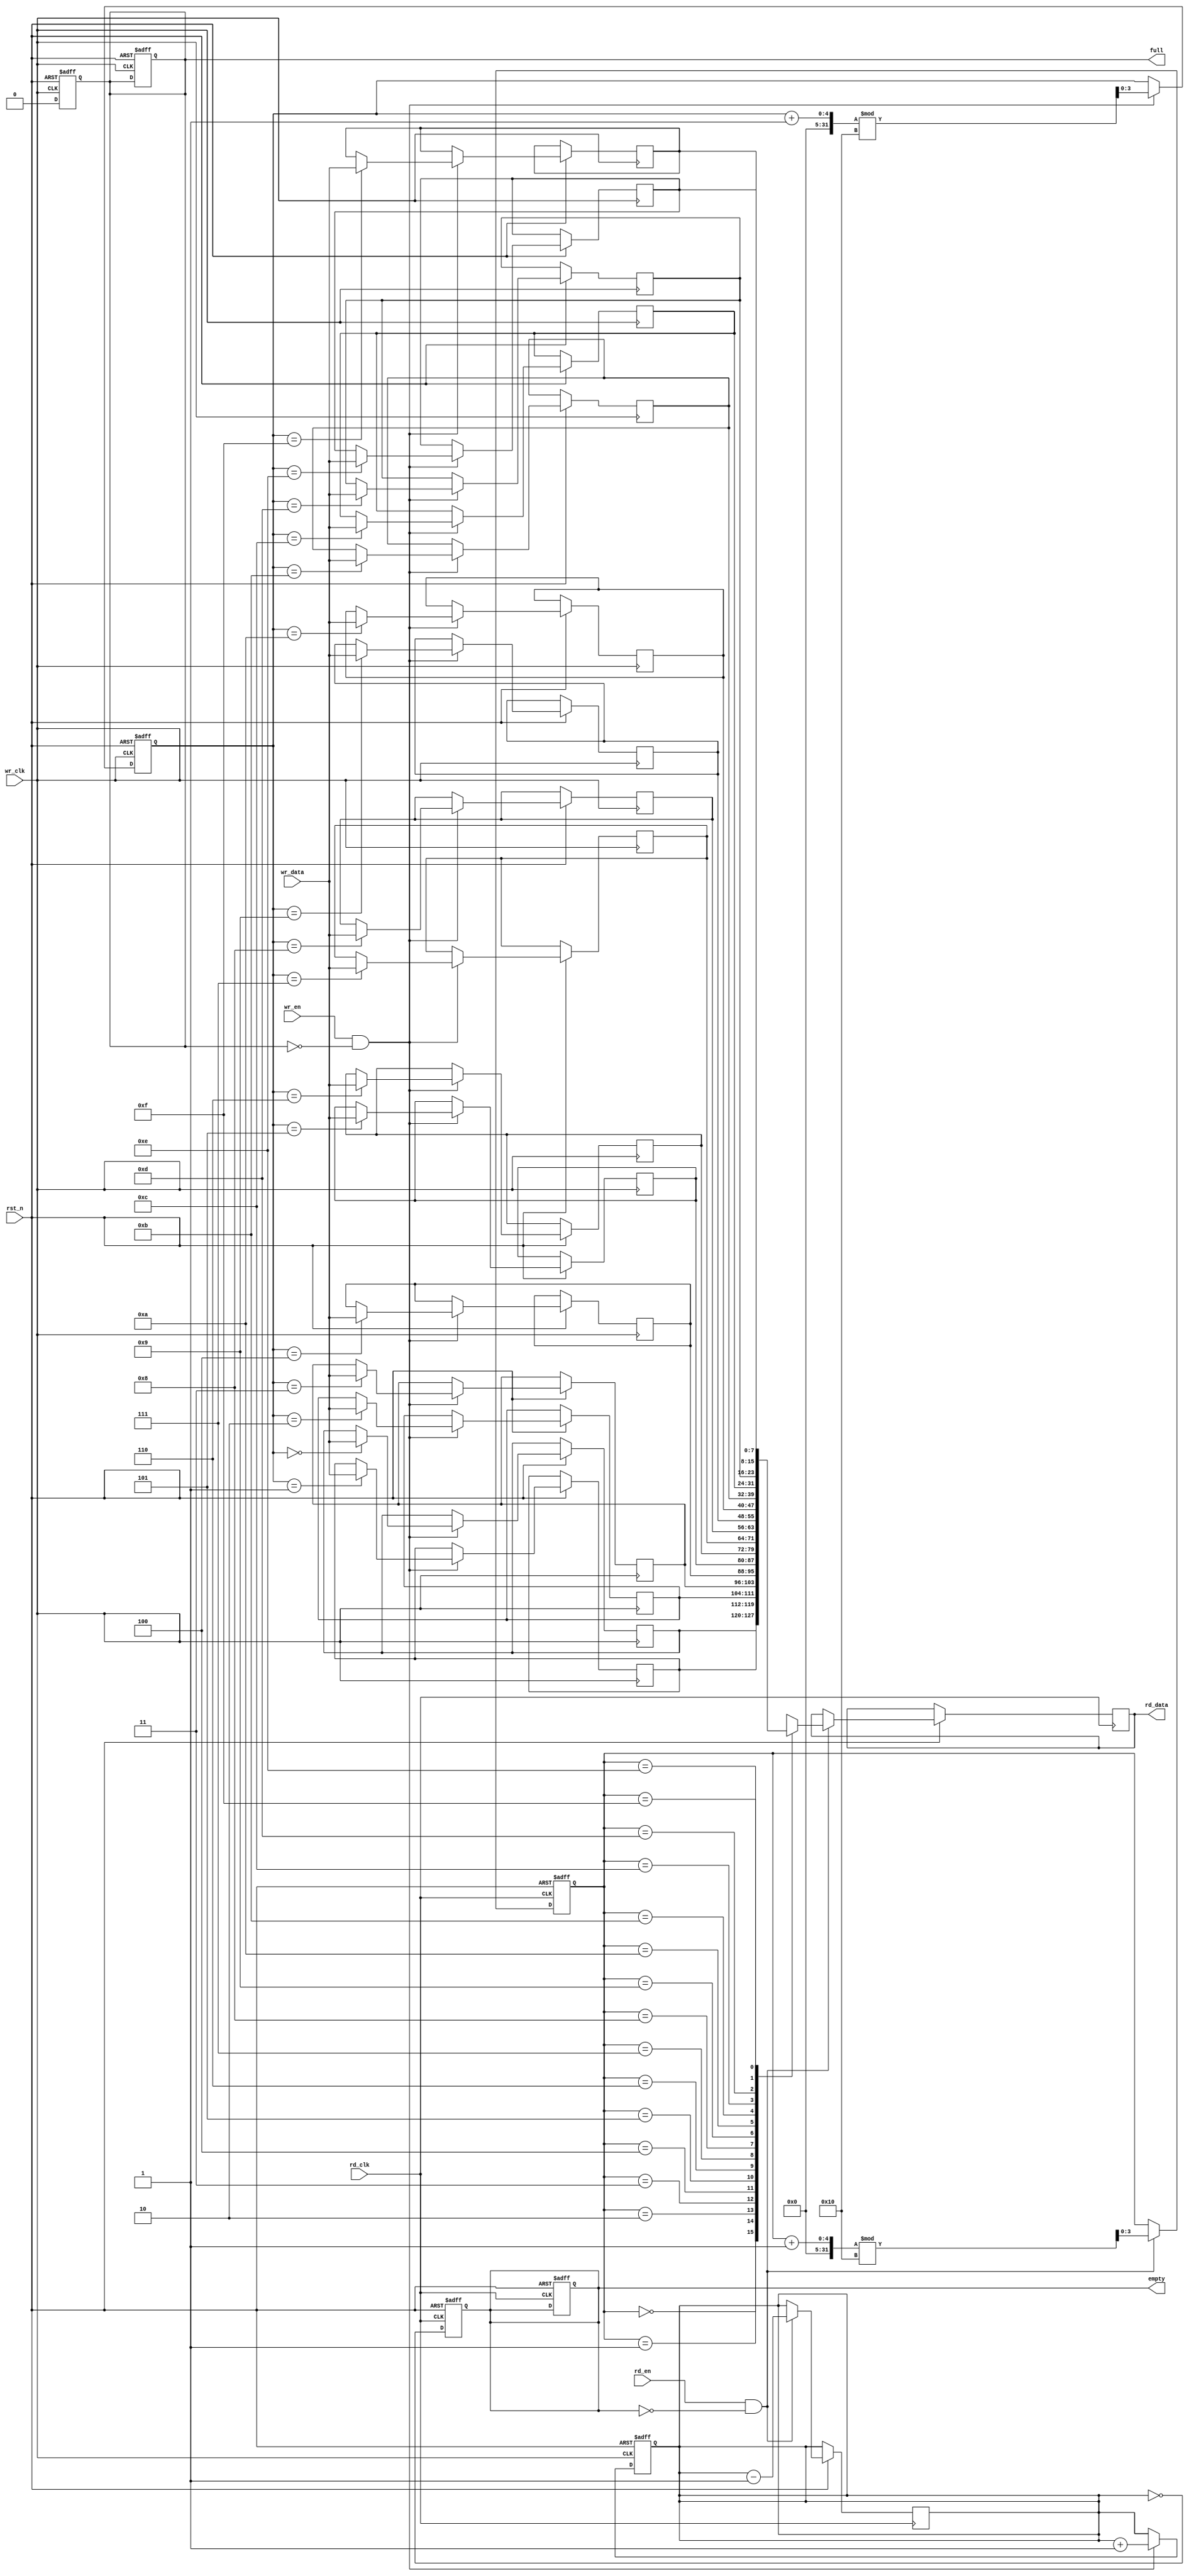
module async_fifo #(
    parameter DATA_WIDTH = 8,  // Width of the data
    parameter FIFO_DEPTH = 16   // Depth of the FIFO (must be a power of 2)
)(
    input wire wr_clk,           // Write clock
    input wire rd_clk,           // Read clock
    input wire rst_n,            // Asynchronous reset (active low)
    input wire wr_en,            // Write enable
    input wire rd_en,            // Read enable
    input wire [DATA_WIDTH-1:0] wr_data, // Data to write
    output reg [DATA_WIDTH-1:0] rd_data, // Data read
    output reg full,             // FIFO full flag
    output reg empty             // FIFO empty flag
);

    // Memory array
    reg [DATA_WIDTH-1:0] mem [0:FIFO_DEPTH-1];

    // Pointer registers
    reg [clog2(FIFO_DEPTH)-1:0] wr_ptr; // Write pointer
    reg [clog2(FIFO_DEPTH)-1:0] rd_ptr; // Read pointer
    reg [clog2(FIFO_DEPTH)-1:0] count;   // Number of entries in FIFO

    // Asynchronous reset
    always @(posedge wr_clk or negedge rst_n) begin
        if (!rst_n) begin
            wr_ptr <= 0;
            count <= 0;
            full <= 0;
        end else if (wr_en && !full) begin
            mem[wr_ptr] <= wr_data; // Write data to memory
            wr_ptr <= (wr_ptr + 1) % FIFO_DEPTH; // Increment write pointer
            count <= count + 1; // Increment count
        end
    end

    always @(posedge rd_clk or negedge rst_n) begin
        if (!rst_n) begin
            rd_ptr <= 0;
            empty <= 1;
        end else if (rd_en && !empty) begin
            rd_data <= mem[rd_ptr]; // Read data from memory
            rd_ptr <= (rd_ptr + 1) % FIFO_DEPTH; // Increment read pointer
            count <= count - 1; // Decrement count
        end
    end

    // Full and empty flag logic
    always @(posedge wr_clk or negedge rst_n) begin
        if (!rst_n) begin
            full <= 0;
        end else begin
            full <= (count == FIFO_DEPTH);
        end
    end

    always @(posedge rd_clk or negedge rst_n) begin
        if (!rst_n) begin
            empty <= 1;
        end else begin
            empty <= (count == 0);
        end
    end

    // Function to calculate log2
    function integer clog2(input integer value);
        begin
            value = value - 1;
            for (clog2 = 0; value > 0; clog2 = clog2 + 1)
                value = value >> 1;
        end
    endfunction

endmodule